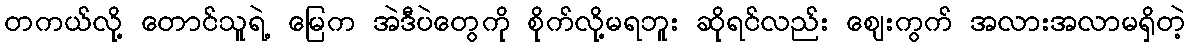
တကယ်လို့ တောင်သူရဲ့ မြေက အဲဒီပဲတွေကို စိုက်လို့မရဘူး ဆိုရင်လည်း ဈေးကွက် အလားအလာမရှိတဲ့